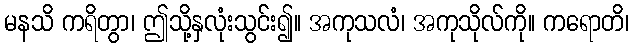
မနသိ ကရိတွာ၊ ဤသို့နှလုံးသွင်း၍။ အကုသလံ၊ အကုသိုလ်ကို။ ကရောတိ၊